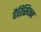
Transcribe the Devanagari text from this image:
पैरिसियन